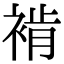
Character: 褃